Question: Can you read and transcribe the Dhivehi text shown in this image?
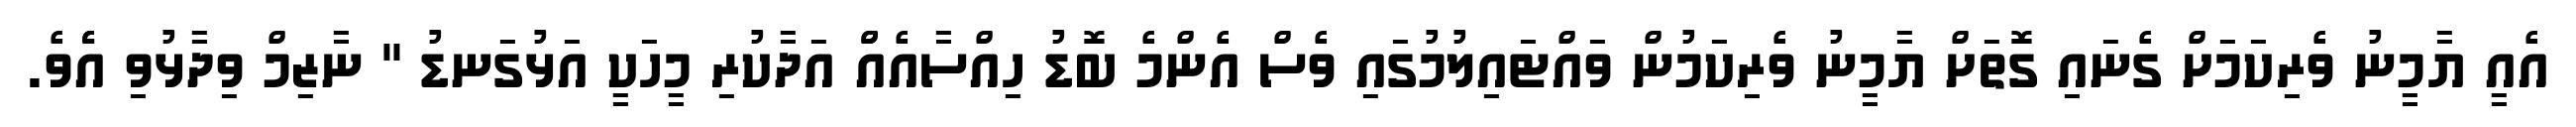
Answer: އެއީ ޔާމީނު ވެރިކަމަށް ގެނައި ގޮތަށް ޔާމީނު ވެރިކަމުން ވައްޓައިލުމުގައި ވެސް އެންމެ ބޮޑު ހިއްސާއެއްް އަދާކުރި މީހަކީ އަޅުގަނޑު " ނާޒިމް ވިދާޅުވި އެެެވެ.